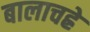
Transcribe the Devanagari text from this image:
बालाचह्रे